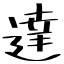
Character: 達